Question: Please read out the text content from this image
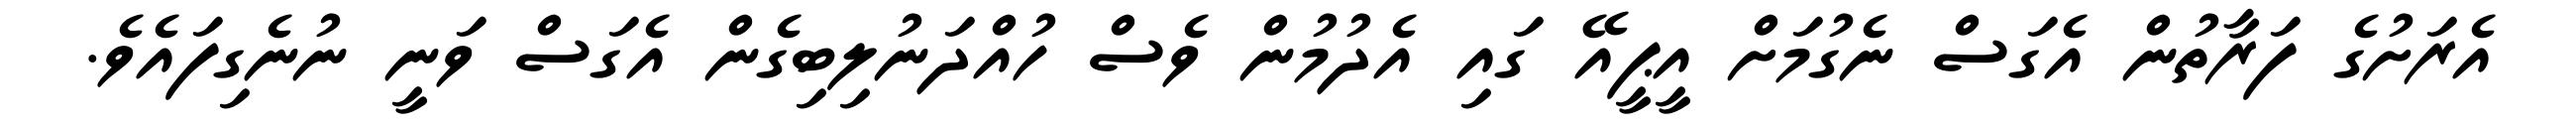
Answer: އެރަށުގެ ފަރާތުން އެގަސް ނެގުމަށް އީޕީއޭ ގައި އެދުމުން ވެސް ހުއްދަނުލިބިގެން އެގަސް ވަނީ ނުނެގިފައެވެ.